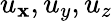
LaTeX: u_{\mathbf{x}},u_{y},u_{z}